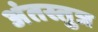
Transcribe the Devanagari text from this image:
अंतस्तुत्र